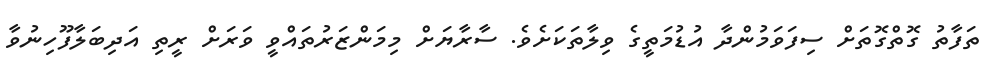
ތަފާތު ގޮތްގޮތަށް ސިފަވަމުންދާ އުޑުމަތީގެ ވިލާތަކަށެވެ. ސާރާޔަށް މިމަންޒަރުތައްވީ ވަރަށް ރީތި އަދިބަލާފޫހިނުވާ